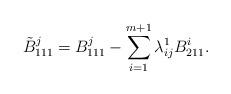
LaTeX: \begin{align*}\tilde{B}_{111}^j=B_{111}^j-\sum_{i=1}^{m+1}\lambda^1_{ij}B_{211}^i.\end{align*}